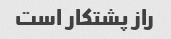
راز پشتکار است